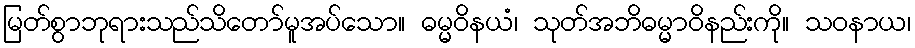
မြတ်စွာဘုရားသည်သိတော်မူအပ်သော။ ဓမ္မဝိနယံ၊ သုတ်အဘိဓမ္မာဝိနည်းကို။ သဝနာယ၊